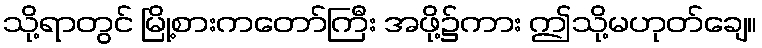
သို့ရာတွင် မြို့စားကတော်ကြီး အဖို့၌ကား ဤသို့မဟုတ်ချေ။